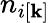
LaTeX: n_{i[\textbf{k}]}